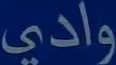
وادي